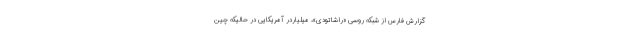
گزارش فارس از شبکه روسی «راشاتودی»، میلیاردر آمریکایی در حالیکه چین